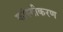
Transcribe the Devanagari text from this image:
कांस्यीकरण